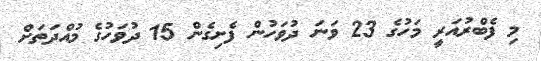
މި ފެބްރުއަރީ މަހުގެ 23 ވަނަ ދުވަހުން ފެށިގެން 15 ދުވަހުގެ މުއްދަތަށް